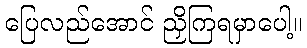
ပြေလည်အောင် ညှိကြရမှာပေါ့။